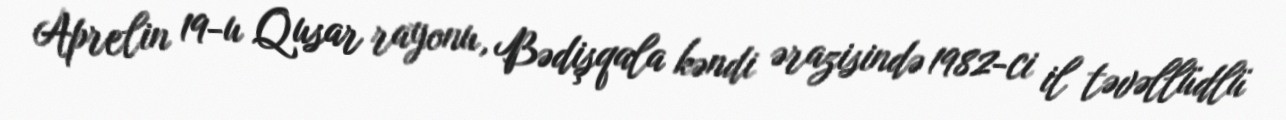
Aprelin 19-u Qusar rayonu, Bədişqala kəndi ərazisində 1982-ci il təvəllüdlü